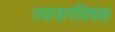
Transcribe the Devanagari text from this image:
व्यापारविषक